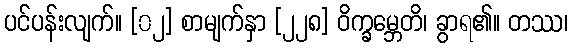
ပင်ပန်းလျက်။ [၀၂] စာမျက်နှာ [၂၂၈] ဝိက္ခမ္ဘေတိ၊ ခွာရ၏။ တဿ၊